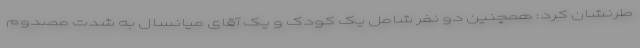
طرنشان کرد: همچنین دو نفر شامل یک کودک و یک آقای میانسال به شدت مصدوم